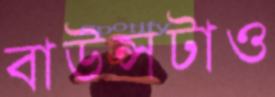
বাউন্সটাও